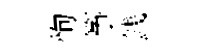
恂筝銭